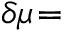
\delta \mu \! =